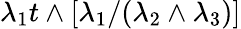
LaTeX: \lambda_{1}t\wedge[\lambda_{1}/(\lambda_{2}\wedge\lambda_{3})]